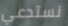
نستدعي